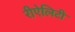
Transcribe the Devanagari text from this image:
रीऐलिटी